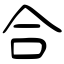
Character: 合